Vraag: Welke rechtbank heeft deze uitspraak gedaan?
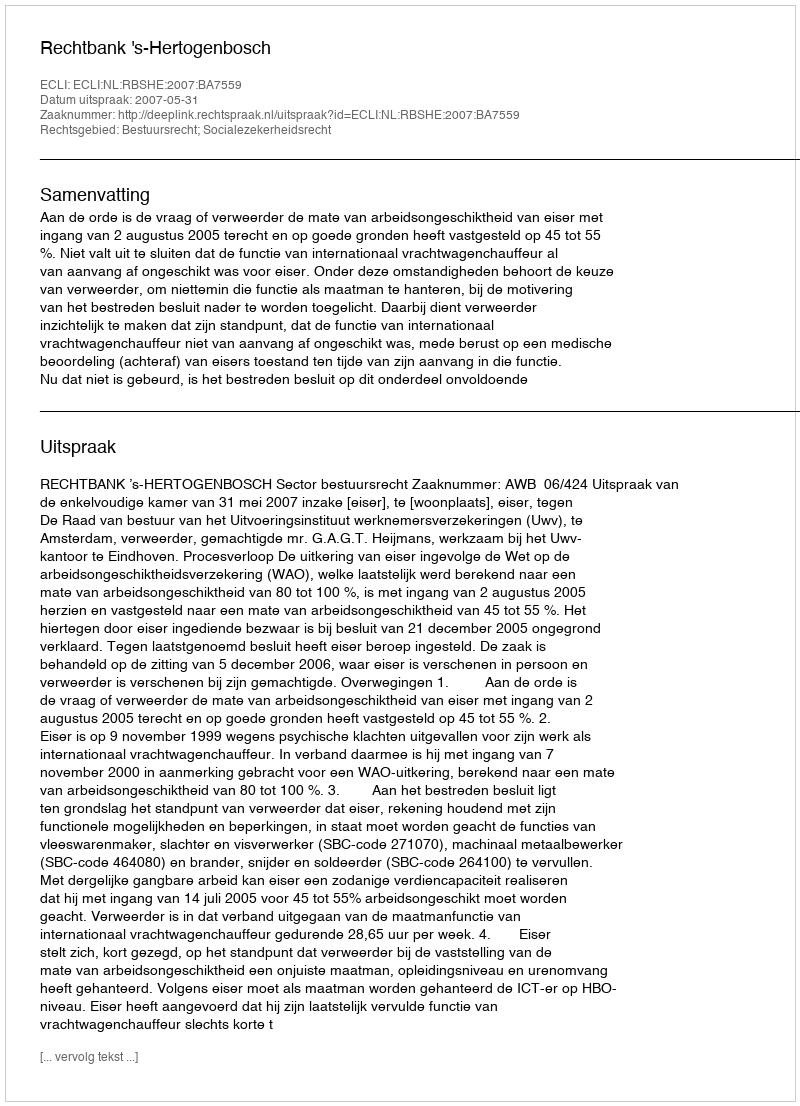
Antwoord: Rechtbank 's-Hertogenbosch